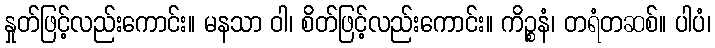
နှုတ်ဖြင့်လည်းကောင်း။ မနသာ ဝါ၊ စိတ်ဖြင့်လည်းကောင်း။ ကိဉ္စနံ၊ တရံတဆစ်။ ပါပံ၊